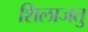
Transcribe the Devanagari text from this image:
शिलाजतु